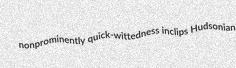
nonprominently quick-wittedness inclips Hudsonian